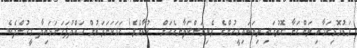
މަޑުމޮޅިކަމާއި ވަންހަނާ ގޮތުގައި ތިޔަބައިމީހުންގެ ވެރިރަސްކަލާނގެއަށް  ކުރާށެވެ! ހަމަކަށަވަރުން ހައްދުފަހަނަޅައިދާ މީހުންދެކެ